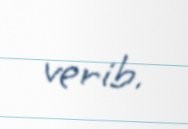
verib.